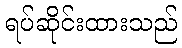
ရပ်ဆိုင်းထားသည်